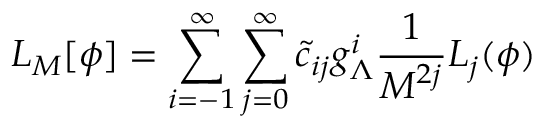
{ \cal L } _ { M } [ \phi ] = \sum _ { i = - 1 } ^ { \infty } \sum _ { j = 0 } ^ { \infty } \tilde { c } _ { i j } g _ { \Lambda } ^ { i } \frac { 1 } { M ^ { 2 j } } { \cal L } _ { j } ( \phi )